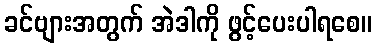
ခင်ဗျားအတွက် အဲဒါကို ဖွင့်ပေးပါရစေ။